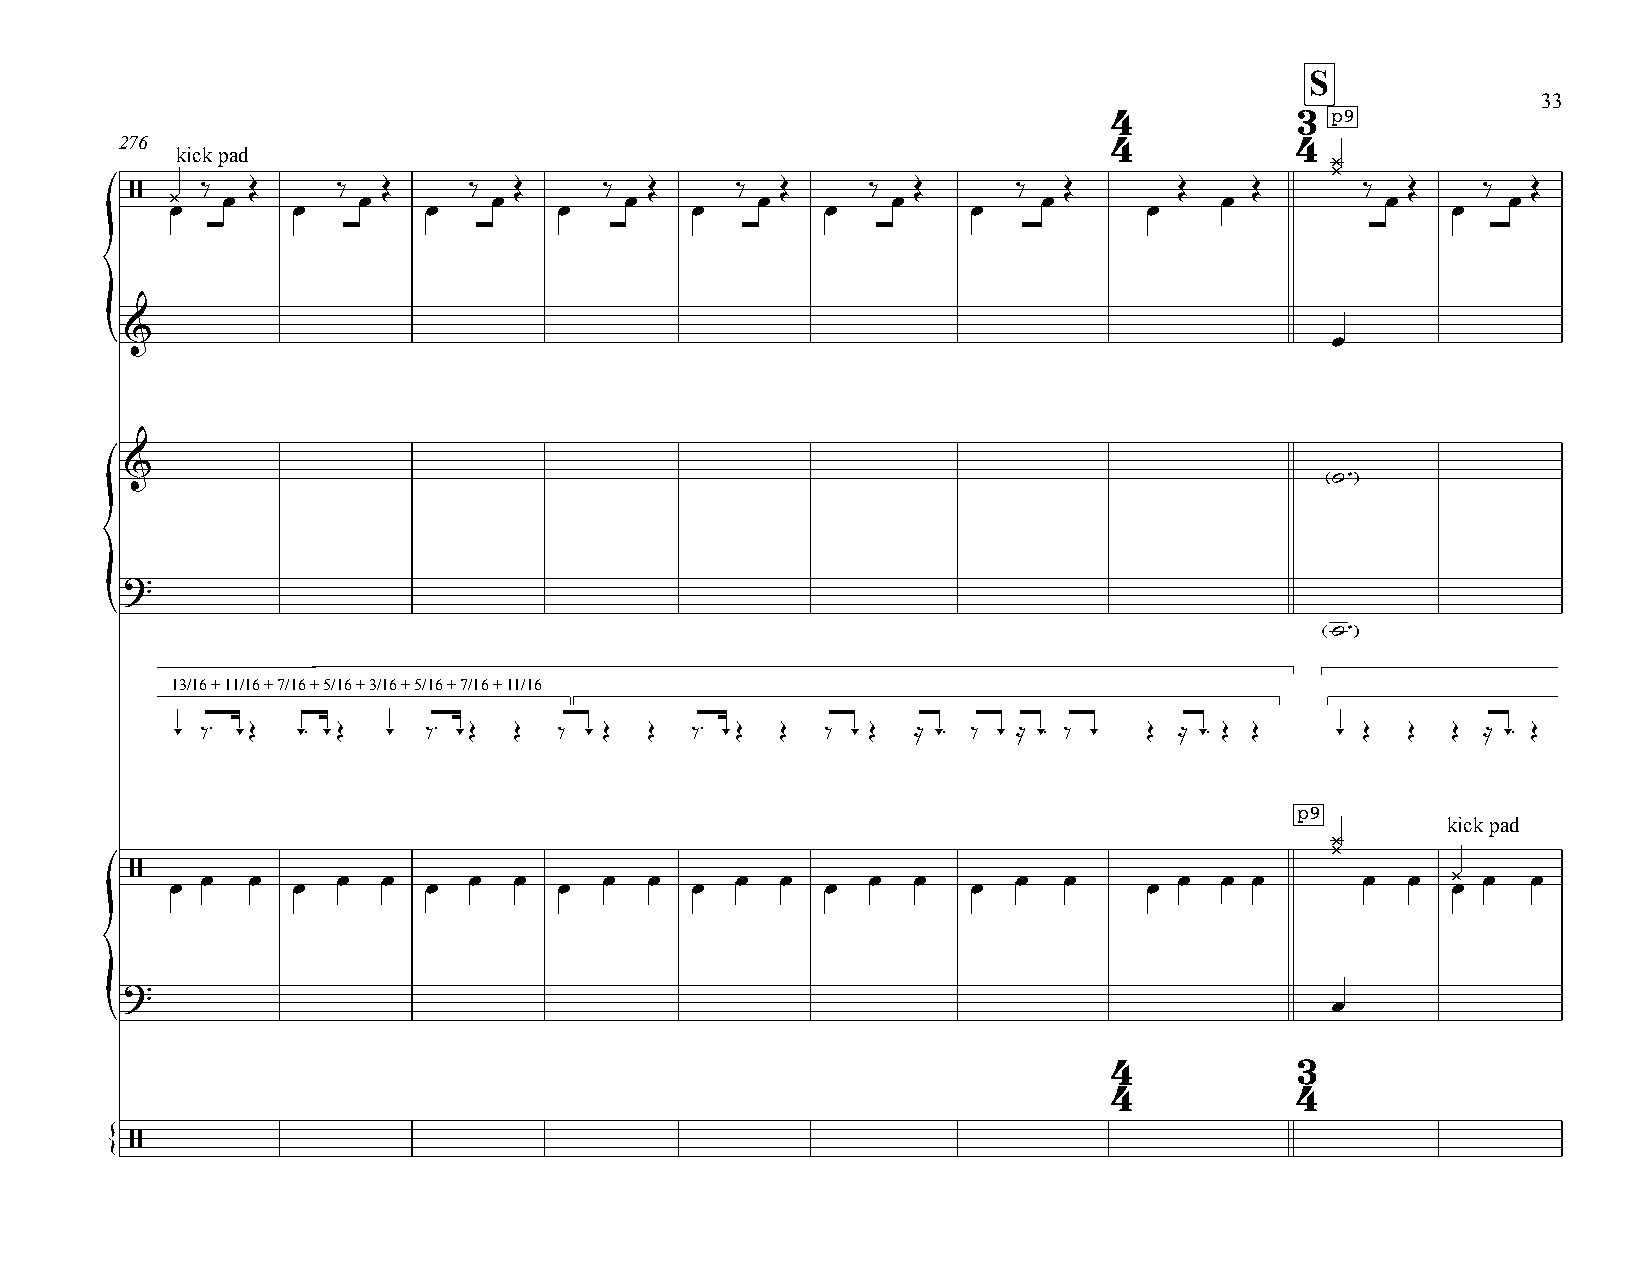
S
 33
 4           3 p9
 276                                                               4           4
 kick pad
 ¿
 ¿
 ‰  Œ     ‰  Œ     ‰  Œ     ‰  Œ     ‰  Œ     ‰ Œ      ‰  Œ       Œ    Œ      ‰  Œ    ‰  Œ
 / ¿   œ        œ        œ       œ        œ        œ         œ           œ          œ       œ
 œ       œ        œ        œ        œ        œ        œ           œ                   œ
 &
 {                                                                                œ
 &
 ˙™
 ?
 {
 ˙™
 13/16 + 11/16 + 7/16 + 5/16 + 3/16 + 5/16 + 7/16 + 11/16
 - ‰™ -Œ  -™ -Œ - ‰™ -Œ Œ  ‰ - Œ Œ  ‰™ -Œ Œ  ‰ - Œ ≈ -™ ‰ - ≈ -™ ‰ - Œ ≈ -™ Œ Œ - Œ Œ Œ ≈ -™ Œ
 p9
 kick pad
 ¿
 ¿
 /   œ  œ     œ  œ     œ  œ     œ  œ     œ  œ     œ œ      œ  œ       œ  œ œ      œ  œ  ¿ œ  œ
 œ       œ        œ        œ        œ        œ        œ           œ                   œ
 ?
 œ
 {
 4           3
 4           4
 /
 {